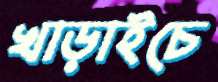
খাড়াইচে